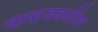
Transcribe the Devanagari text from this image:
नानांजवळील